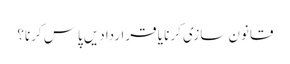
قانون سازی کرنا یا قراردادیں پاس کرنا؟